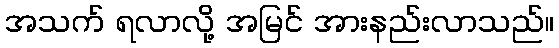
အသက် ရလာလို့ အမြင် အားနည်းလာသည်။